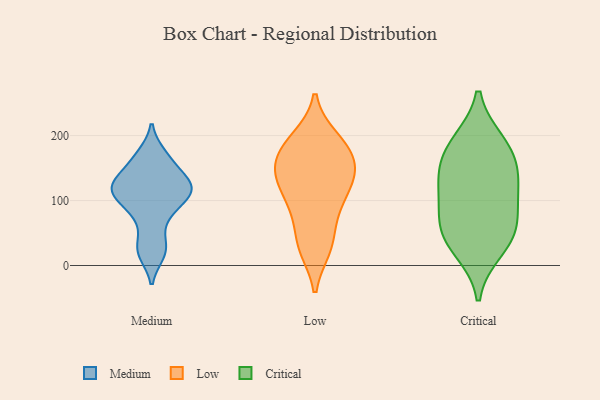
{"axis": {"x": "Page Views", "y": "Value"}, "legend": ["Critical", "Low", "Medium"], "data": [{"x": "", "y": 128, "type": "Medium"}, {"x": "", "y": 19, "type": "Medium"}, {"x": "", "y": 170, "type": "Medium"}, {"x": "", "y": 157, "type": "Medium"}, {"x": "", "y": 115, "type": "Medium"}, {"x": "", "y": 95, "type": "Medium"}, {"x": "", "y": 73, "type": "Medium"}, {"x": "", "y": 107, "type": "Medium"}, {"x": "", "y": 123, "type": "Medium"}, {"x": "", "y": 29, "type": "Medium"}, {"x": "", "y": 126, "type": "Medium"}, {"x": "", "y": 95, "type": "Low"}, {"x": "", "y": 192, "type": "Low"}, {"x": "", "y": 28, "type": "Low"}, {"x": "", "y": 142, "type": "Low"}, {"x": "", "y": 82, "type": "Low"}, {"x": "", "y": 38, "type": "Low"}, {"x": "", "y": 195, "type": "Low"}, {"x": "", "y": 98, "type": "Low"}, {"x": "", "y": 183, "type": "Low"}, {"x": "", "y": 166, "type": "Low"}, {"x": "", "y": 142, "type": "Low"}, {"x": "", "y": 28, "type": "Low"}, {"x": "", "y": 139, "type": "Low"}, {"x": "", "y": 142, "type": "Low"}, {"x": "", "y": 124, "type": "Low"}, {"x": "", "y": 174, "type": "Low"}, {"x": "", "y": 123, "type": "Critical"}, {"x": "", "y": 25, "type": "Critical"}, {"x": "", "y": 52, "type": "Critical"}, {"x": "", "y": 46, "type": "Critical"}, {"x": "", "y": 185, "type": "Critical"}, {"x": "", "y": 102, "type": "Critical"}, {"x": "", "y": 157, "type": "Critical"}, {"x": "", "y": 189, "type": "Critical"}, {"x": "", "y": 71, "type": "Critical"}, {"x": "", "y": 137, "type": "Critical"}]}